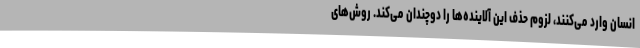
انسان وارد می‌کنند، لزوم حذف این آلاینده‌ها را دوچندان می‌کند. روش‌های